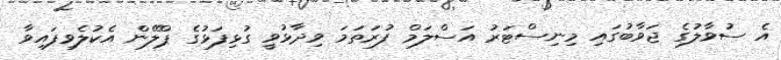
އެ ސުވާލުގެ ޖަވާބުގައި މިނިސްޓަރު އަސްލަމް ފުރަތަމަ ވިދާޅުވީ ގުޅިފަޅުގެ ޕްލޭން އެކުލެވިފައިވާ